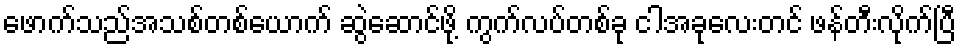
ဖောက်သည်အသစ်တစ်ယောက် ဆွဲဆောင်ဖို့ ကွက်လပ်တစ်ခု ငါအခုလေးတင် ဖန်တီးလိုက်ပြီ